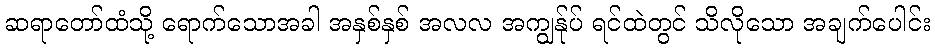
ဆရာတော်ထံသို့ ရောက်သောအခါ အနှစ်နှစ် အလလ အကျွန်ုပ် ရင်ထဲတွင် သိလိုသော အချက်ပေါင်း